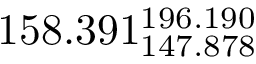
1 5 8 . 3 9 1 _ { 1 4 7 . 8 7 8 } ^ { 1 9 6 . 1 9 0 }